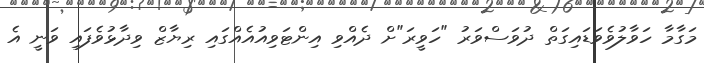
މަގާމާ ހަވާލުވެވަޑައިގަތް ދުވަސްވަރު "ހަވީރަ"ށް ދެއްވި އިންޓަވިއުއެއްގައި ރިޔާޒް ވިދާޅުވެފައި ވަނީ އެ